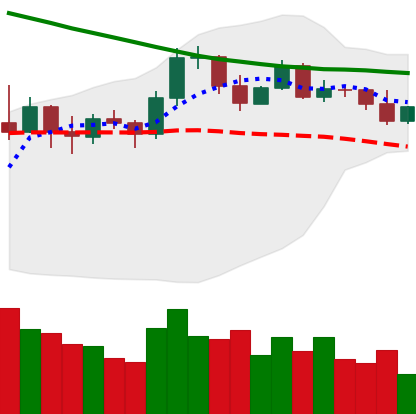
Ticker: EOS-USD
Chart end date: 2019-11-16
Forward return: -17.044%
Label: down_7plus